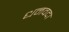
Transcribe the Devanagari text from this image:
धनवदा